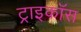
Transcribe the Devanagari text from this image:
ट्राइकॉस